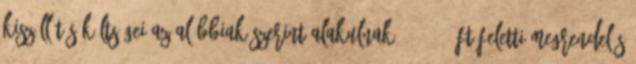
kiszállítás költségei az alábbiak szerint alakulnak: 30.000,-Ft feletti megrendelés